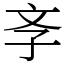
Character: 斈